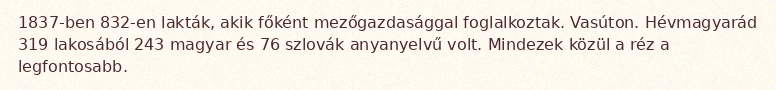
1837-ben 832-en lakták, akik főként mezőgazdasággal foglalkoztak. Vasúton. Hévmagyarád 319 lakosából 243 magyar és 76 szlovák anyanyelvű volt. Mindezek közül a réz a legfontosabb.